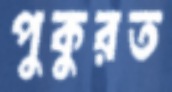
পুকুরত